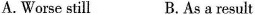
A.Worse still B.As a result